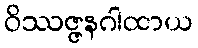
ဝိဿဇ္ဇနဂါထာယ